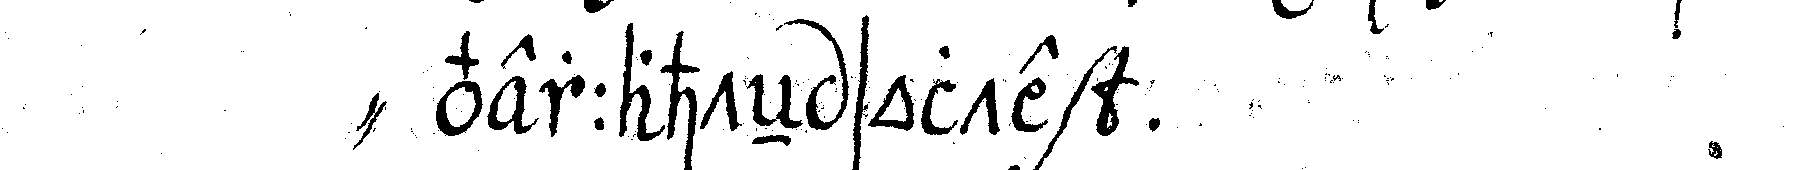
" verrahteN solte .